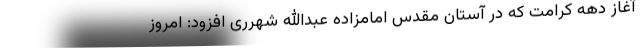
آغاز دهه کرامت که در آستان مقدس امامزاده عبدالله شهرری افزود: امروز